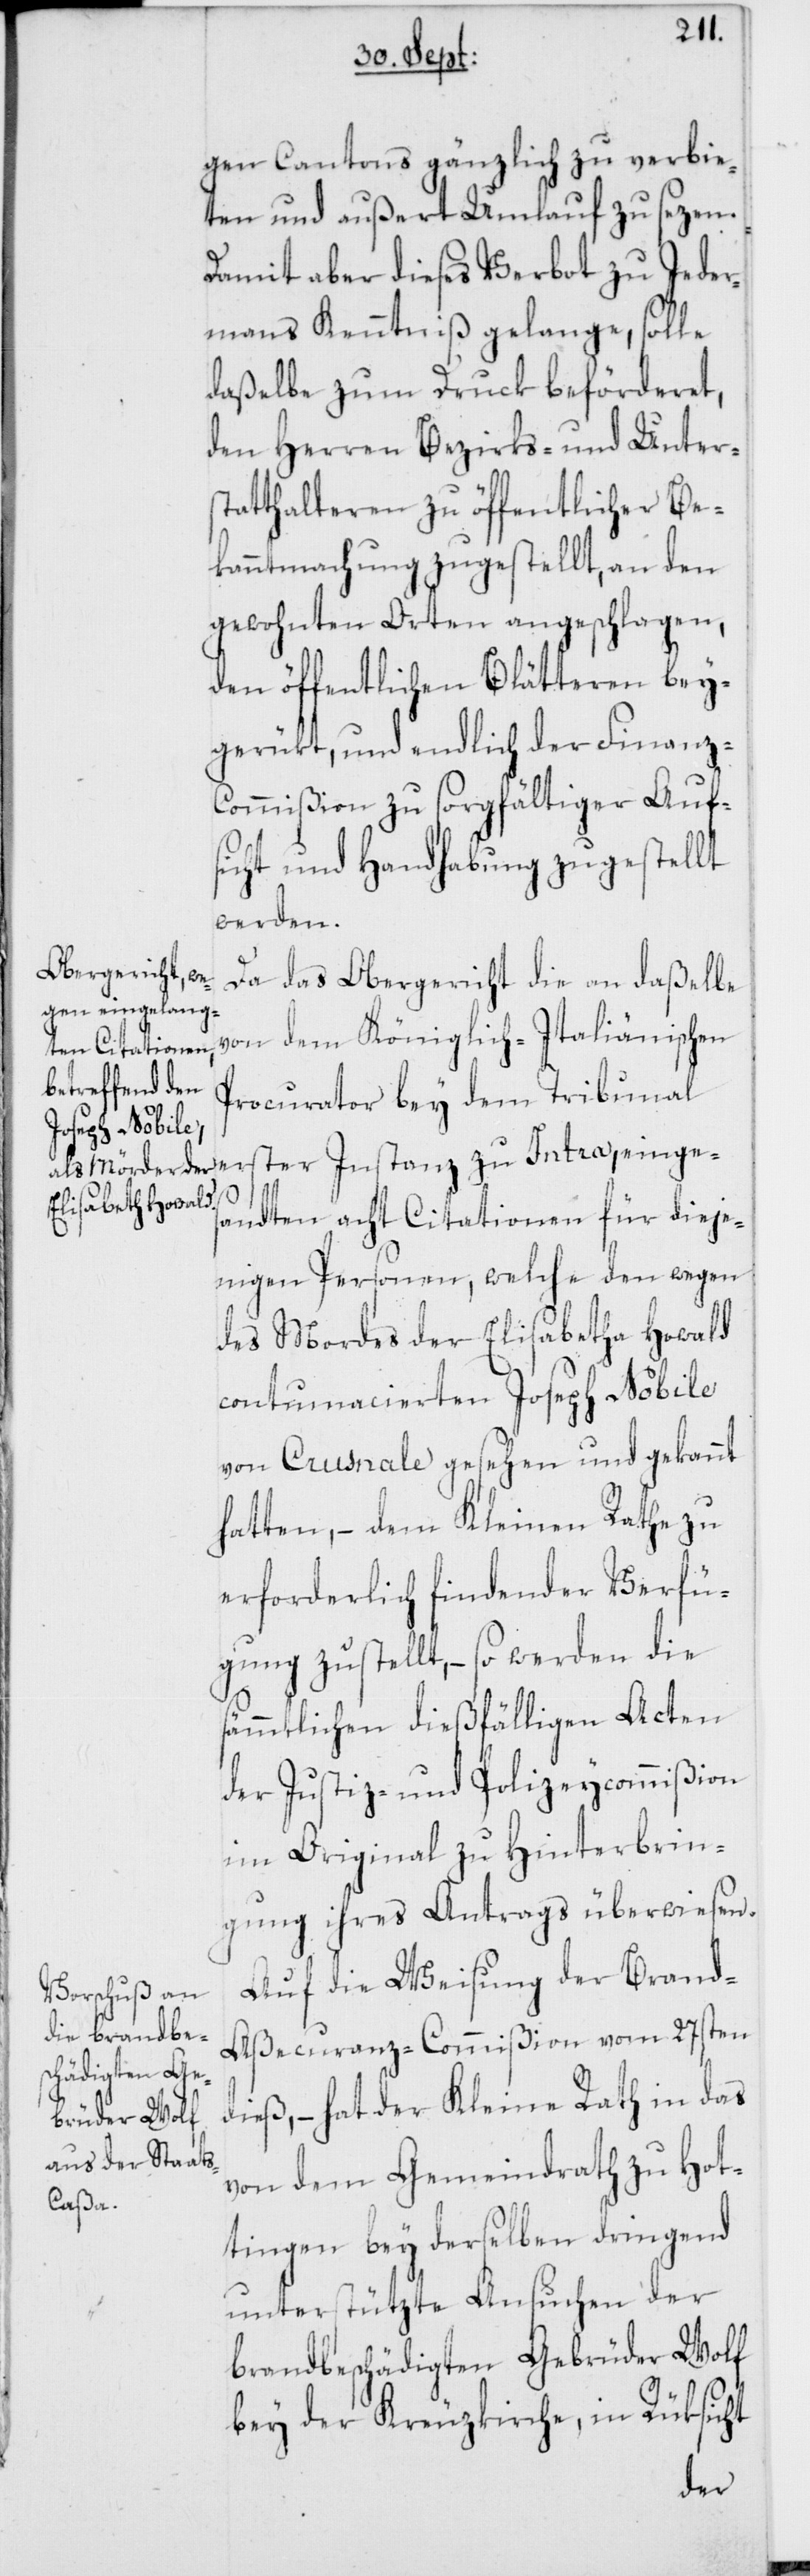
gen Cantons gänzlich zu verbie¬
ten und außert Umlauf zu sezen.
Damit aber dieses Verbot zu Jeder¬
mans Kenntniß gelange, solle
daßelbe zum Druck beförderet,
den Herren Bezirks- und Unter¬
statthalteren zu öffentlicher Be¬
kanntmachung zugestellt, an den
gewohnten Orten angeschlagen,
den öffentlichen Blätteren bey¬
gerükt, und endlich der Finanz-C¬
ommißion zu sorgfältiger Auf¬
sicht und Handhabung zugestellt
werden.
Da das Obergericht die an daßelbe
von dem Königlich-Italiänischen
Procurator bey dem Tribunal
Intra, einges¬
andten acht Citationen für dieje¬
nigen Personen, welche den wegen
des Mordes der Elisabetha Howald
contumacierten Joseph Nobile
von Crusnale gesehen und gekannt
hatten, – dem Kleinen Rathe zu
erforderlich findender Verfü¬
gung zugestellt, – so werden die
sämmtlichen dießfälligen Acten
der Justiz- und Polizeycommißion
im Original zu Hinterbrin¬
gung ihres Antrags überwiesen.
Auf die Weisung der Brand-A¬
ßecuranz-Commißion vom 27sten
dieß, – hat der Kleine Rath in das
von dem Gemeindrath zu Hot¬
tingen bey derselben dringend
unterstützte Ansuchen der
brandbeschädigten Gebrüder Wolf
bey der Kreuzkirche, in Rüksicht